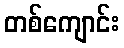
တစ်ကျောင်း